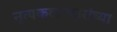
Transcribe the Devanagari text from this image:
नृत्यकलाकारांच्या